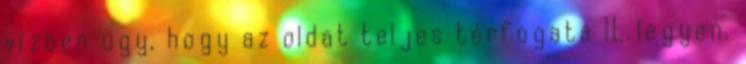
vízben úgy, hogy az oldat teljes térfogata 1L legyen.